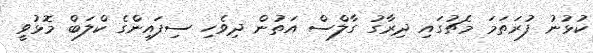
ކުޅުނު ފުރަތަމަ މެޗުގައި ދިރާގު ގާލްސް އަތުން ދިވެހި ސިފައިންގެ ކްލަބް މޮޅުވީ